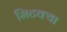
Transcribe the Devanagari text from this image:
मिटक्या